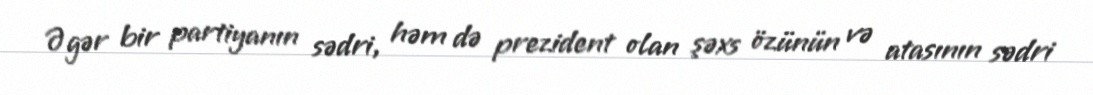
Əgər bir partiyanın sədri, həm də prezident olan şəxs özünün və atasının sədri